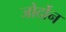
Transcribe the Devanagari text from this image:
जोर्दोन